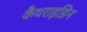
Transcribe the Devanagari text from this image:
कैंथराइडिन